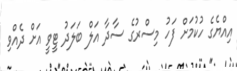
އިއްޔެގެ ހުކުމަށް ފަހު މިސްރުގެ ސާދާ އަލް ބަލަދު ޓީވީ އަށް ދެއްވި